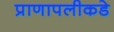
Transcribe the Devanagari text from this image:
प्राणापलीकडे